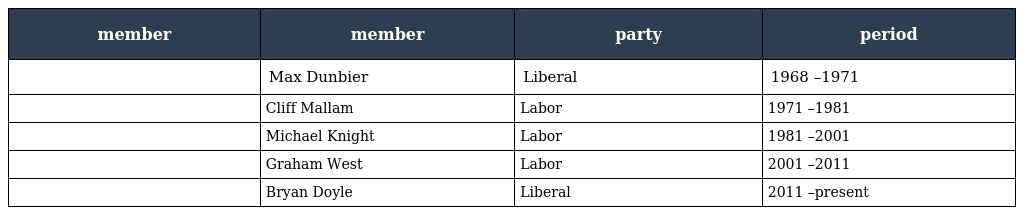
| member | member | party | period |
 | --- | --- | --- | --- |
 |  | Max Dunbier | Liberal | 1968 –1971 |
 |  | Cliff Mallam | Labor | 1971 –1981 |
 |  | Michael Knight | Labor | 1981 –2001 |
 |  | Graham West | Labor | 2001 –2011 |
 |  | Bryan Doyle | Liberal | 2011 –present |